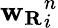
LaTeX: \mathbf{w_{R}}_{i}^{n}